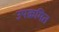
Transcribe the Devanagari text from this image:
उपक्रमित